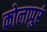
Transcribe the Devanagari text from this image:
कोलापुरं